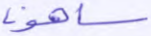
ساهون